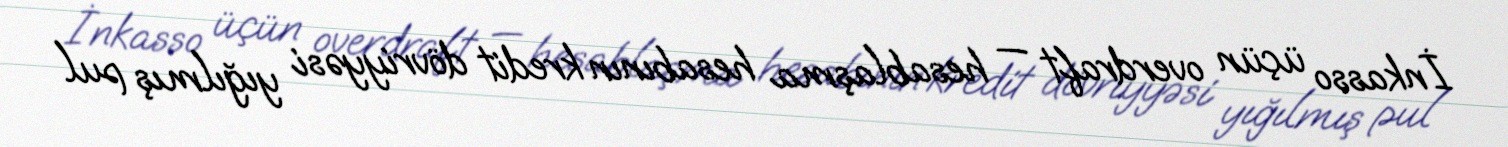
İnkasso üçün overdraft — hesablaşma hesabının kredit dövriyyəsi yığılmış pul